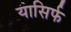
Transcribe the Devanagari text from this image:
यासिर्फ